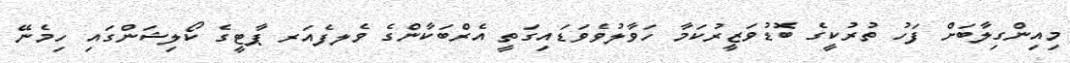
މިއިންގިލާބަށް ފަހު ތުރުކީގެ ބޮޑުވަޒީރުކަމާ ހަވާލުވެވަޑައިގަތީ އެރްބަކާންގެ ވެލފެއަރ ޕާޓީގެ ކޯލިޝަންގައި ހިމެނޭ